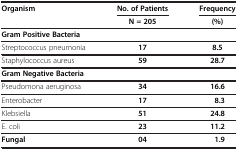
| <ROWSPAN=2> Organism | No. of Patients | Frequency |
 | N = 205 | (%) |
 | --- | --- | --- |
 | <COLSPAN=3> Gram Positive Bacteria |
 | Streptococcus pneumonia | 17 | 8.5 |
 | Staphylococcus aureus | 59 | 28.7 |
 | <COLSPAN=3> Gram Negative Bacteria |
 | Pseudomona aeruginosa | 34 | 16.6 |
 | Enterobacter | 17 | 8.3 |
 | Klebsiella | 51 | 24.8 |
 | E. coli | 23 | 11.2 |
 | Fungal | 04 | 1.9 |